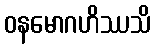
ဝနမောဂဟိဿသိ